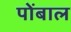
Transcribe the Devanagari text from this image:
पोंबाल